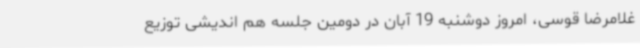
غلامرضا قوسی، امروز دوشنبه 19 آبان در دومین جلسه هم اندیشی توزیع